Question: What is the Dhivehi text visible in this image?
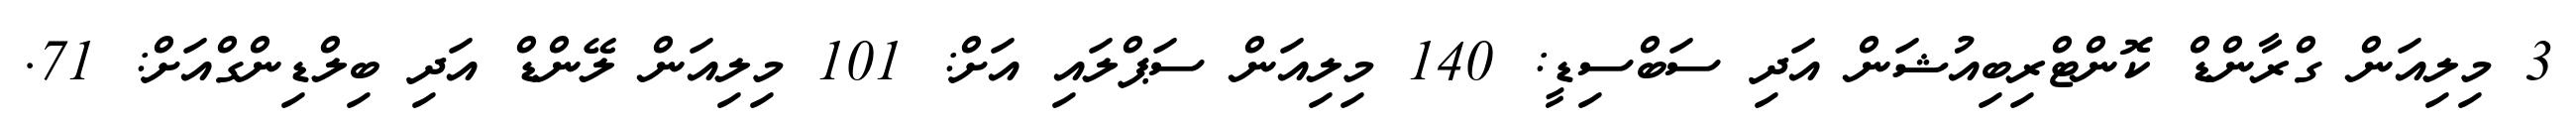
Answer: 3 މިލިއަން ގްރާންޑް ކޮންޓްރިބިއުޝަން އަދި ސަބްސިޑީ: 140 މިލިއަން ސަޕްލައި އަށް: 101 މިލިއަން ލޭންޑް އަދި ބިލްޑިންގްއަށް: 71.